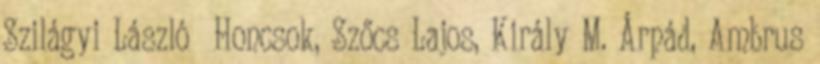
Szilágyi László Honcsok, Szőcs Lajos, Király M. Árpád, Ambrus